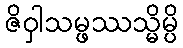
ဇိဝှါသမ္ဖဿသ္မိမ္ပိ